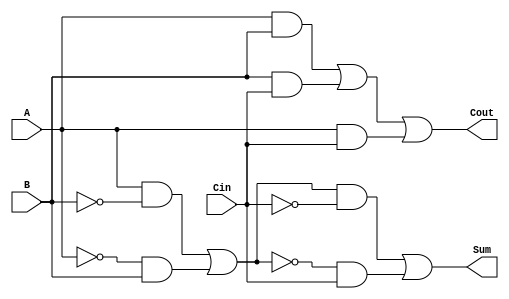
module TransmissionGateFullAdder (
    input wire A,       // First input bit
    input wire B,       // Second input bit
    input wire Cin,     // Carry-in bit
    output wire Sum,    // Sum output
    output wire Cout    // Carry-out output
);

// Intermediate signals
wire AB;              // A AND B
wire BC;              // B AND Cin
wire AC;              // A AND Cin
wire A_XOR_B;        // A XOR B
wire A_XOR_B_Cin;    // (A XOR B) XOR Cin

// Transmission gate implementation of A XOR B
assign A_XOR_B = (A & ~B) | (~A & B); // A XOR B using basic logic gates

// Transmission gate implementation of A_XOR_B XOR Cin
assign A_XOR_B_Cin = (A_XOR_B & ~Cin) | (~A_XOR_B & Cin); // (A XOR B) XOR Cin

// Assign Sum
assign Sum = A_XOR_B_Cin;

// Carry logic using transmission gates
assign AB = A & B;          // A AND B
assign BC = B & Cin;        // B AND Cin
assign AC = A & Cin;        // A AND Cin

// Using OR operation to generate Cout
assign Cout = AB | BC | AC; // Cout = (A AND B) OR (B AND Cin) OR (A AND Cin)

endmodule